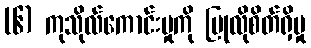
(၆) ကုသိုလ်ကောင်းမှုကို ပြုလိုစိတ်ရှိမှု